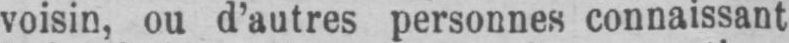
voisin, ou d’autres personnes connaissant